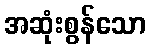
အဆုံးစွန်သော